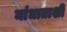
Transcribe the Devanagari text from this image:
मांधाताशी